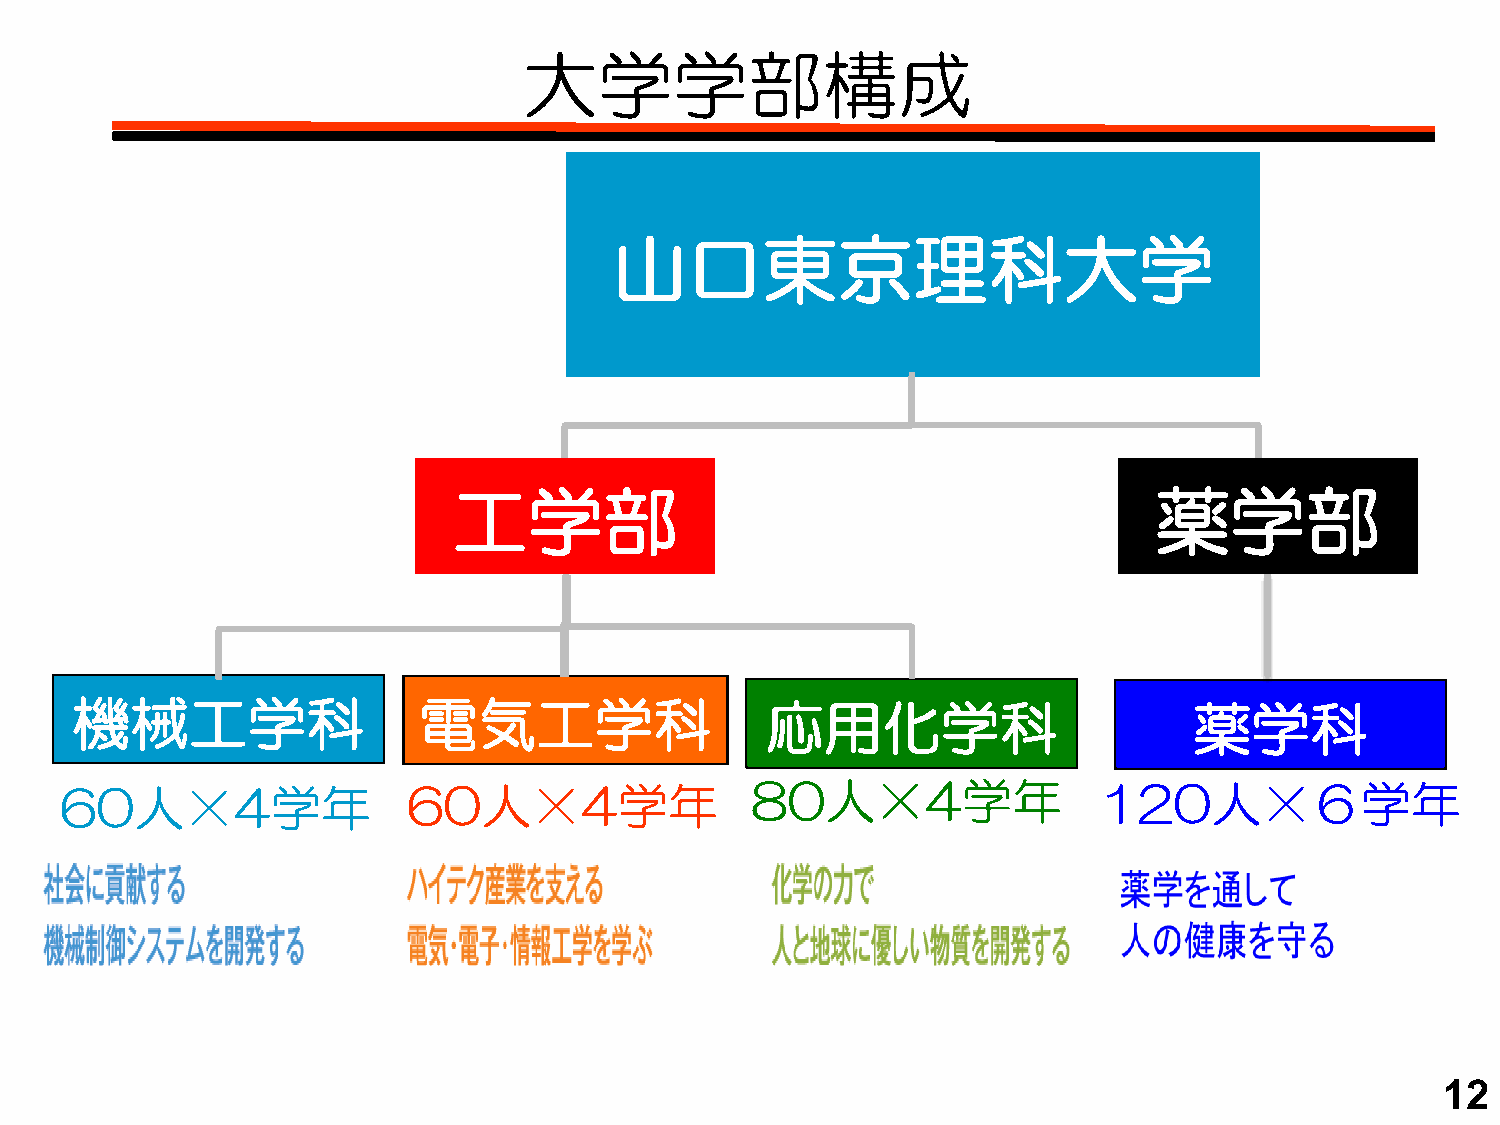
大学学部構成
 山口東京理科大学
 工学部                                           薬学部
 機械工学科                  電気工学科                  応用化学科                       薬学科
 60人×4学年                60人×4学年                80人×4学年                120人×６学年
 12